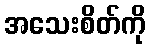
အသေးစိတ်ကို